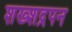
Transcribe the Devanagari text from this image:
शख्शद्रपन